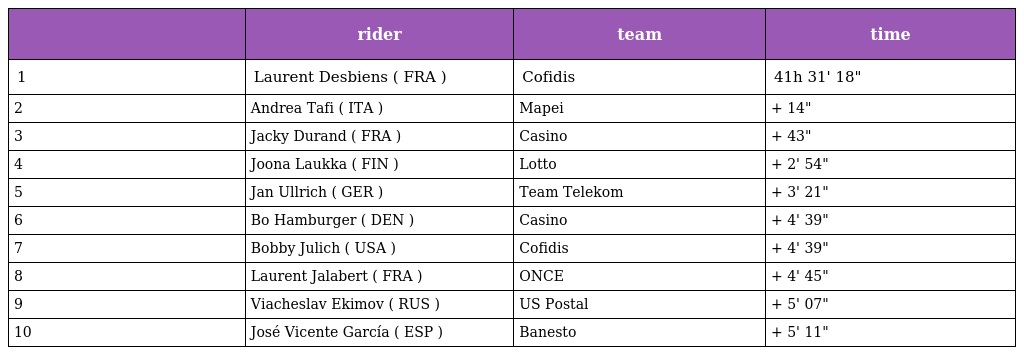
|  | rider | team | time |
 | --- | --- | --- | --- |
 | 1 | Laurent Desbiens ( FRA ) | Cofidis | 41h 31' 18" |
 | 2 | Andrea Tafi ( ITA ) | Mapei | + 14" |
 | 3 | Jacky Durand ( FRA ) | Casino | + 43" |
 | 4 | Joona Laukka ( FIN ) | Lotto | + 2' 54" |
 | 5 | Jan Ullrich ( GER ) | Team Telekom | + 3' 21" |
 | 6 | Bo Hamburger ( DEN ) | Casino | + 4' 39" |
 | 7 | Bobby Julich ( USA ) | Cofidis | + 4' 39" |
 | 8 | Laurent Jalabert ( FRA ) | ONCE | + 4' 45" |
 | 9 | Viacheslav Ekimov ( RUS ) | US Postal | + 5' 07" |
 | 10 | José Vicente García ( ESP ) | Banesto | + 5' 11" |